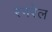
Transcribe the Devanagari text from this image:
रंगरेल